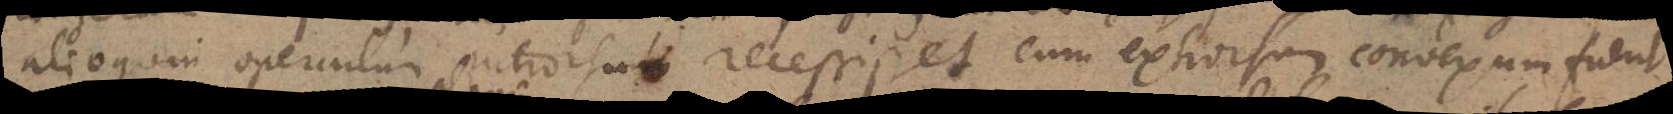
alioquin operculum introrsum recessisset cum extrorsum convexum fuerit